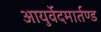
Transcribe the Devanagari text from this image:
आयुर्वेदमार्तण्ड